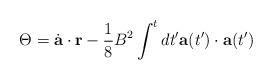
LaTeX: \begin{align*}\Theta = \dot{\bf a} \cdot {\bf r} - {1 \over 8} B^2 \int^t d t^{\prime}{\bf a}(t^{\prime}) \cdot {\bf a}(t^{\prime})\end{align*}